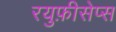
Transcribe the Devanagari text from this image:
रयुफ़ीसेप्स